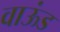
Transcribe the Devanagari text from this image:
वाऊंड